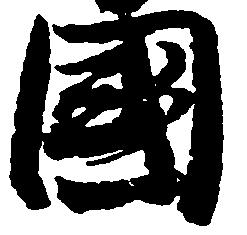
国